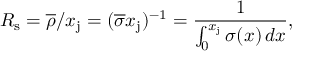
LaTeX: R _ { \mathrm { s } } = { \overline { { \rho } } } / x _ { \mathrm { j } } = ( { \overline { { \sigma } } } x _ { \mathrm { j } } ) ^ { - 1 } = { \frac { 1 } { \int _ { 0 } ^ { x _ { \mathrm { j } } } \sigma ( x ) \, d x } } ,